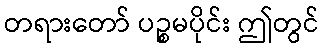
တရားတော် ပဉ္စမပိုင်း ဤတွင်